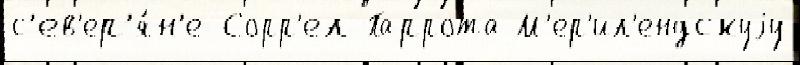
с'ев'ер'я́н'е Сорр'ел Паррота М'ер'ил'ендскуjу